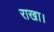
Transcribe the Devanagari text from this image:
राखा।